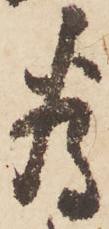
為